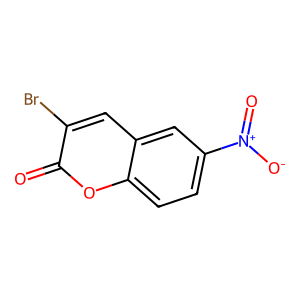
SMILES: O=c1oc2ccc([N+](=O)[O-])cc2cc1Br
Inhibits HIV replication: No